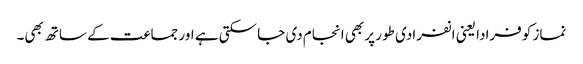
نماز کو فرادا یعنی انفرادی طور پر بھی انجام دی جا سکتی ہے اور جماعت کے ساتھ بھی۔